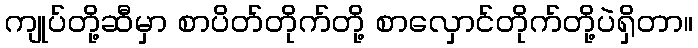
ကျုပ်တို့ဆီမှာ စာပိတ်တိုက်တို့ စာလှောင်တိုက်တို့ပဲရှိတာ။